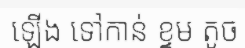
ឡើង ទៅកាន់ ខ្ទម តូច